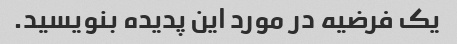
یک فرضیه در مورد این پدیده بنویسید.